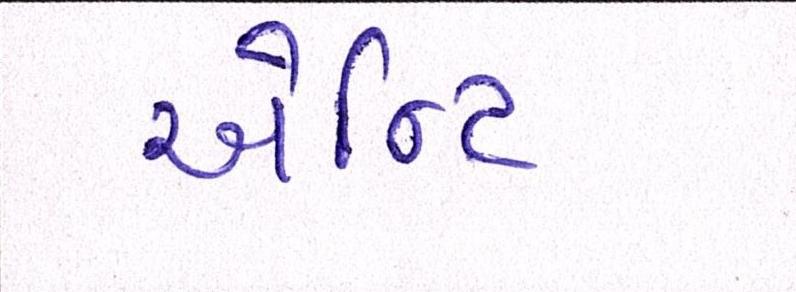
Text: એન્ટિ